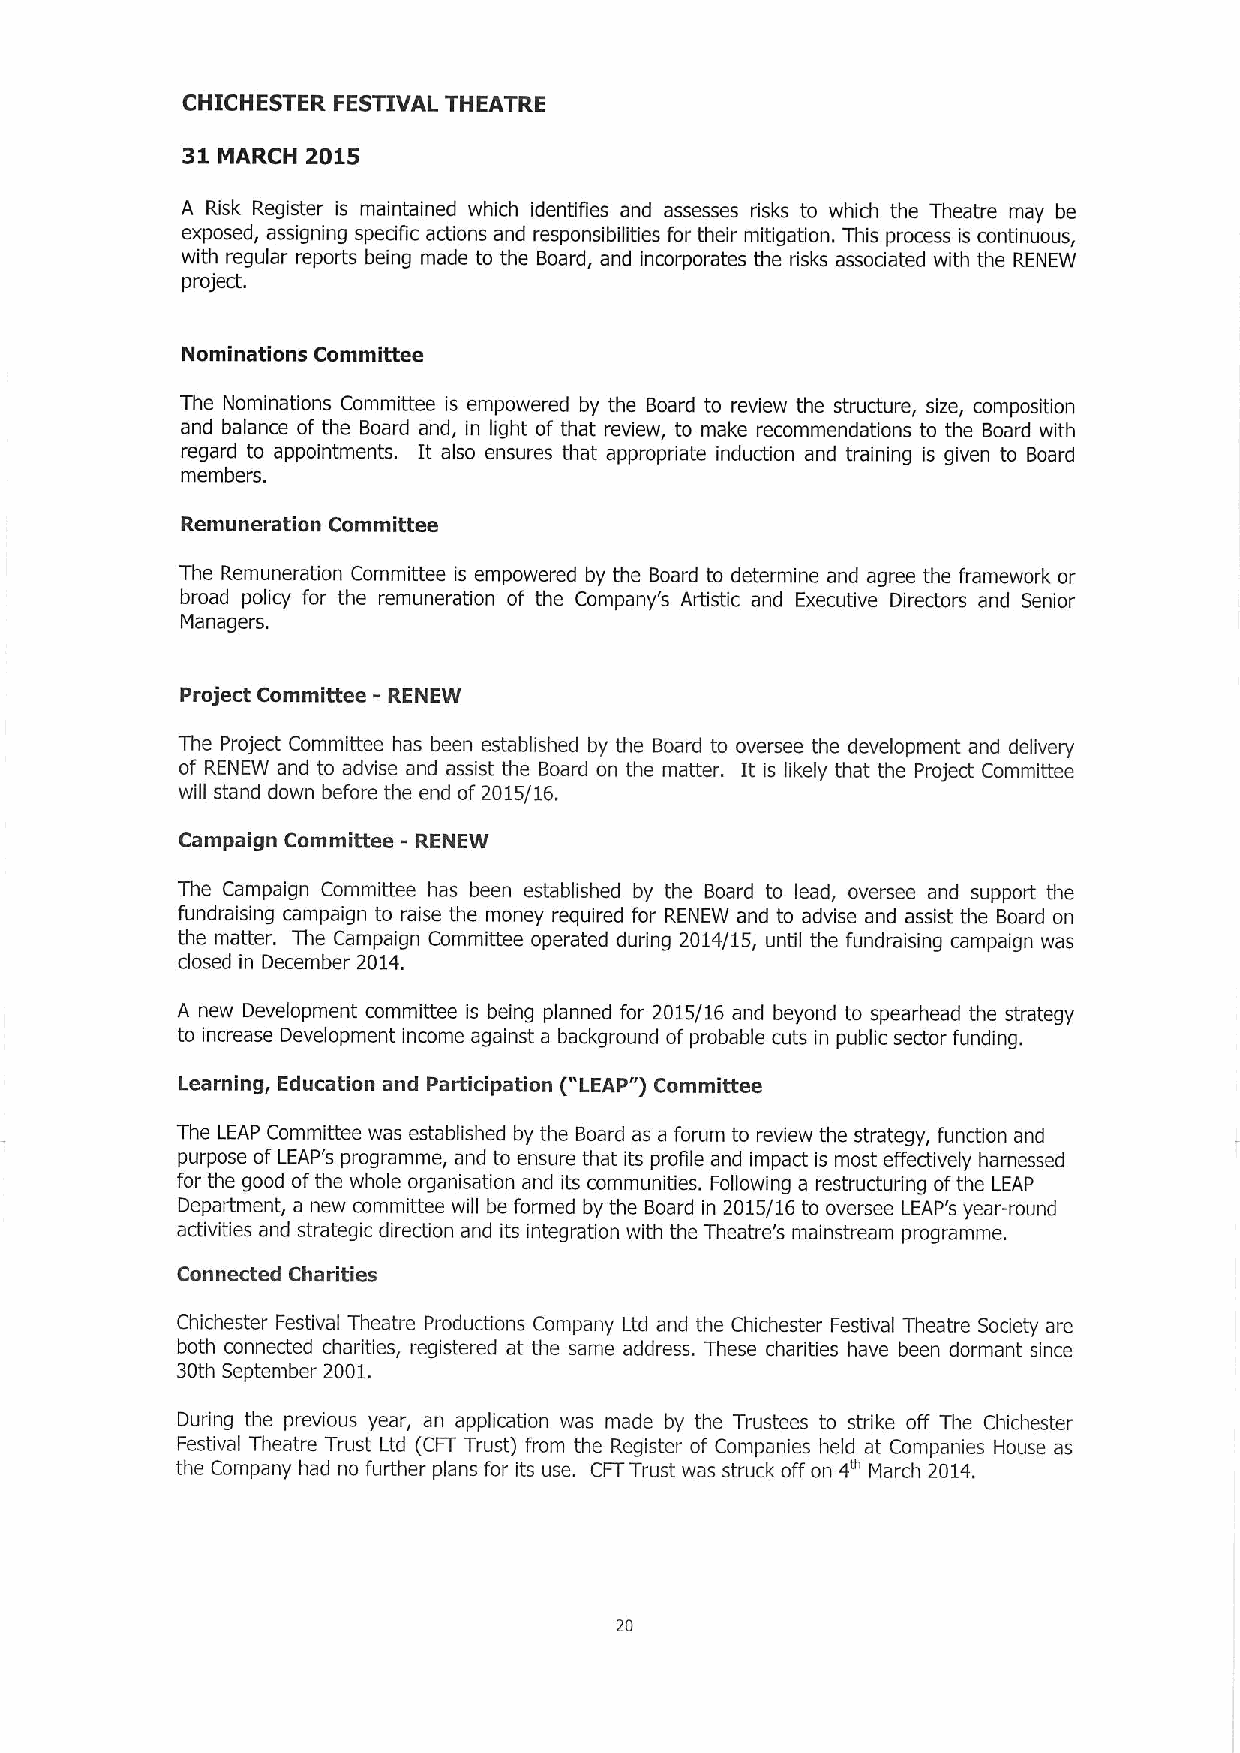
CHICHESTER FESTIVAL THEATRE
 31 MARCH 2015
 A Risk Register is maintained which identifies and assesses risks to which the Theatre may be
 exposed, assigning specific actions and responsibilities for their mitigation. This process is continuous,
 with regular reports being made to the Board, and incorporates the risks associated with the RENEW
 project.
 Nomlnations Committee
 The Nominations Committee is empowered by the Board to review the structure, size, composition
 and balance of the Board and, in light of that review, to make recommendations to the Board with
 regard to appointments. It also ensures that appropriate induction and training is given to Board
 members.
 Remuneration Committee
 The Remuneration Committee is empowered by the Board to determine and agree the framework or
 broad policy for the remuneration of the Company's Artistic and Executive Directors and Senior
 Managers.
 Project Committee - RENEW
 The Project Committee has been established by the Board to oversee the development and delivery
 of RENEW and to advise and assist the Board on the matter. It is likely that the Project Committee
 will stand down before the end of2015/16.
 Campaign Committee - RENEW
 The Campaign Committee has been established by the Board to lead, oversee and support the
 fundraising campaign to raise the money required for RENEW and to advise and assist the Board on
 the matter. The Campaign Committee operated during 2014/15, until the fundraising campaign was
 closed in December 2014.
 A new Development committee is being planned for 2015/16 and beyond to spearhead the strategy
 to increase Development income against a background of probable cuts in public sector funding.
 ("
 Learning, Education and Participation LEAP") Committee
 The LEAP Committee was established by the Board as a forum to review the strategy, function and
 purpose of LEAP's programme, and to ensure that its profile and impact is most effectively harnessed
 for the good ofthe whole organisation and its communities. Following a restructuring ofthe LEAP
 Department, a new committee will be formed by the Board in 2015/16 to oversee LEAP's year-round
 activities and strategic direction and its integration with the Theatre's mainstream programme.
 Connected Charities
 Chichester Festival Theatre Productions Company Ltd and the Chichester Festival Theatre Society are
 both connected charities, registered at the same address. These chadities have been dormant since
 30th September 2001.
 During the previous year, an application was made by the Trustees to strike off The Chichester
 Festival Theatre Trust Ltd (CFT Trust) from the Register of Companies held at Companies House as
 the Company had no further plans for its use. CFTTrust was struck off on 4e March 2014.
 20